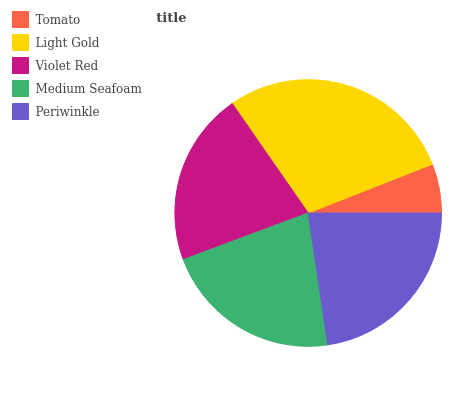
| Tomato | Light Gold | Violet Red | Medium Seafoam | Periwinkle |
 | --- | --- | --- | --- | --- |
 | 5.96% | 28.7% | 21% | 21.7% | 22.6% |